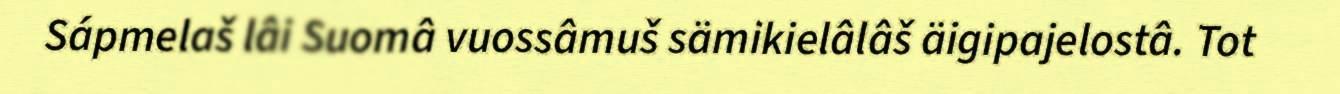
Sápmelaš lâi Suomâ vuossâmuš sämikielâlâš äigipajelostâ. Tot